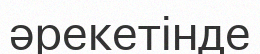
әрекетінде